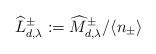
LaTeX: \begin{align*}\widehat{L}_{d, \lambda}^{\pm} :=\widehat{M}_{d, \lambda}^{\pm} /\langle n_{\pm} \rangle\end{align*}